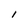
Character: I